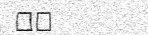
٥٠